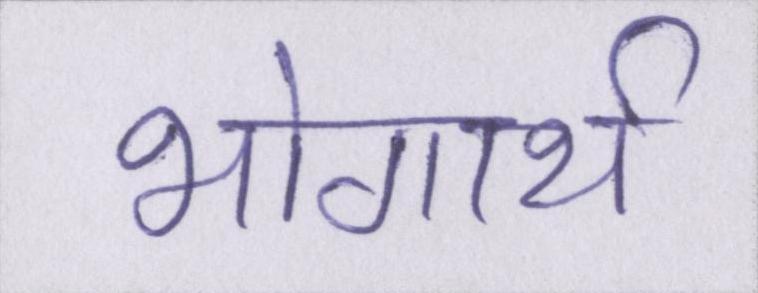
भोगार्थ